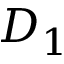
D _ { 1 }